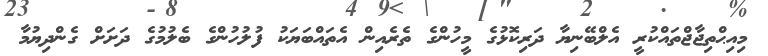
މިއިޙްތިޖާޖްތައްކުރީ އެލްބޭނިޔާ ދަރިކޮޅުގެ މީހުންގެ ތެރެއިން އެތައްބަޔަކު ފުލުހުންގެ ބެލުމުގެ ދަށަށް ގެންދިޔުމާ